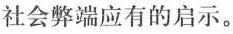
社会弊端应有的启示。